Indian journal of veterinary science and animal husbandry - Volume 4,
Year: 1934
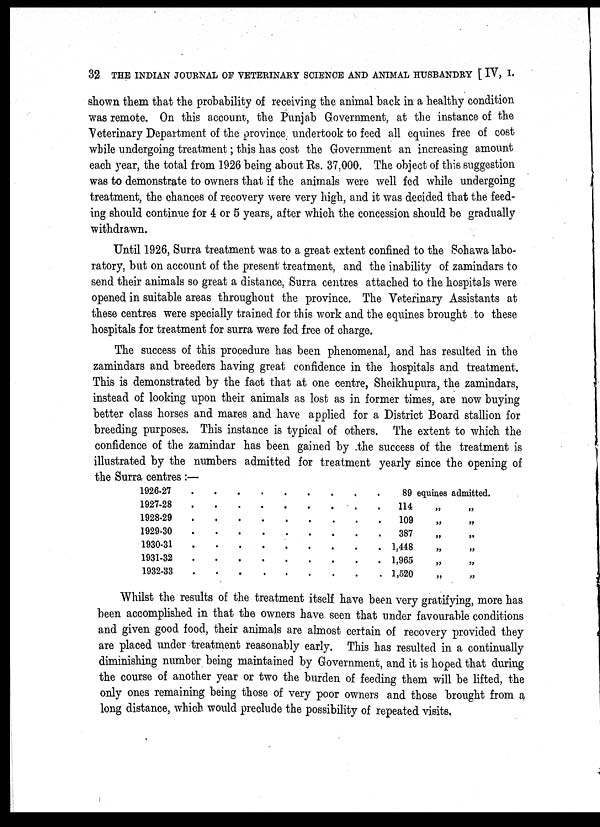
32 THE INDIAN JOURNAL OF VETERINARY SCIENCE AND ANIMAL HUSBANDRY [IV, I.
shown them that the probability of receiving the animal back in a healthy condition
was remote. On this account, the Punjab Government, at the instance of the
Veterinary Department of the province undertook to feed all equines free of cost
while undergoing treatment; this has cost the Government an increasing amount
each year, the total from 1926 being about Rs. 37,000. The object of this suggestion
was to demonstrate to owners that if the animals were well fed while undergoing
treatment, the chances of recovery were very high, and it was decided that the feed-
ing should continue for 4 or 5 years, after which the concession should be gradually
withdrawn.
Until 1926, Surra treatment was to a great extent confined to the Sohawa labo-
ratory, but on account of the present treatment, and the inability of zamindars to
send their animals so great a distance, Surra centres attached to the hospitals were
opened in suitable areas throughout the province. The Veterinary Assistants at
these centres were specially trained for this work and the equines brought to these
hospitals for treatment for surra were fed free of charge.
The success of this procedure has been phenomenal, and has resulted in the
zamindars and breeders having great confidence in the hospitals and treatment.
This is demonstrated by the fact that at one centre, Sheikhupura, the zamindars,
instead of looking upon their animals as lost as in former times, are now buying
better class horses and mares and have applied for a District Board stallion for
breeding purposes. This instance is typical of others. The extent to which the
confidence of the zamindar has been gained by the success of the treatment is
illustrated by the numbers admitted for treatment yearly since the opening of
the Surra centres :—
1926-27
1927-28
1928-29
1929-30
1930-31
1931-32
1932-33
. . . . . . . . .
. . . . . . . . .
. . . . . . . . .
. . . . . . . . .
. . . . . . . . .
. . . . . . . . .
. . . . . . . . .
89 equines admitted.
114 „ „
109 „ „
387 „ „
1,448 „ „
1,965 „ „
1,520 „ „
Whilst the results of the treatment itself have been very gratifying, more has
been accomplished in that the owners have seen that under favourable conditions
and given good food, their animals are almost certain of recovery provided they
are placed under treatment reasonably early. This has resulted in a continually
diminishing number being maintained by Government, and it is hoped that during
the course of another year or two the burden of feeding them will be lifted, the
only ones remaining being those of very poor owners and those brought from a
long distance, which would preclude the possibility of repeated visits.